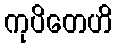
ကုပိတေဟိ